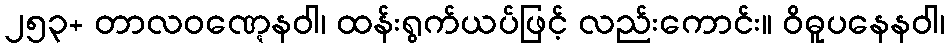
၂၅၃+ တာလဝဏ္ဋေနဝါ၊ ထန်းရွက်ယပ်ဖြင့် လည်းကောင်း။ ဝိဓူပနေနဝါ၊